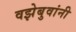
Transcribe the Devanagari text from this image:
वझेबुवांनी